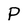
Character: P